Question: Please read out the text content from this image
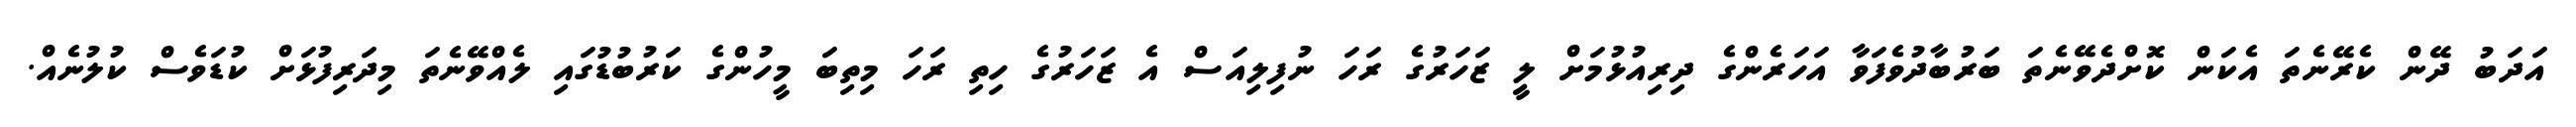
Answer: އަދަބު ދޭން ކެރޭނެތަ އެކަން ކޮށްދެވޭނެތަ ބަރުބާދުވެފަވާ އަހަރެންގެ ދިރިއުޅުމަށް ލިީ ޒަހަރުގެ ރަހަ ނުފިލިއަސް އެ ޒަހަރުގެ ހިތި ރަހަ މިތިބަ މީހުންގެ ކަރުބުޑުގައި ލެއްވޭނެތަ މިދަރިފުޅަށް ކުޑަވެސް ކުލުނެއް.